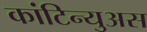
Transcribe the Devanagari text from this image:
कांटिन्युअस